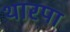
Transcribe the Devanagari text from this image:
थारपा